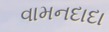
વામનદાદા